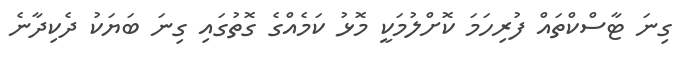
ގިނަ ޓާސްކްތައް ފުރިހަމަ ކޮށްލުމަކީ މޮޅު ކަމެއްގެ ގޮތުގައި ގިނަ ބަޔަކު ދެކިދާނެ